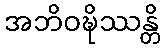
အဘိဝဍ္ဎိဿန္တိ